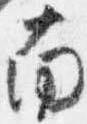
南